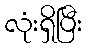
လုံးရှိပြီး